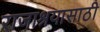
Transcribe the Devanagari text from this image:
राजाश्रयासाठी